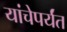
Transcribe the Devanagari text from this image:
यांचेपर्यंत